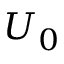
U _ { 0 }